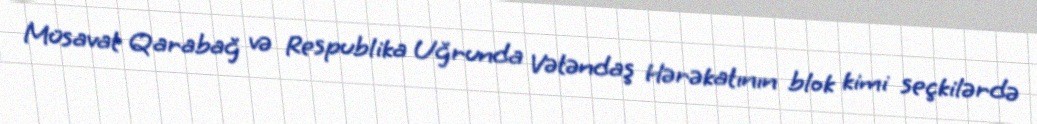
Müsavat Qarabağ və Respublika Uğrunda Vətəndaş Hərəkatının blok kimi seçkilərdə